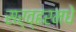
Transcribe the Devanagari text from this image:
सर्व्हरमधे